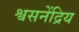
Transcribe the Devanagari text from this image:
श्वसनेंद्रिय